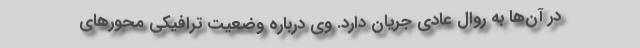
در آن‌ها به روال عادی جریان دارد. وی درباره وضعیت ترافیکی محورهای